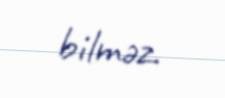
bilməz.